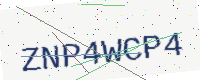
Text: ZNP4WCP4